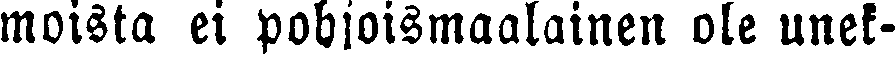
moista ei pohjoismaalainen ole unek-